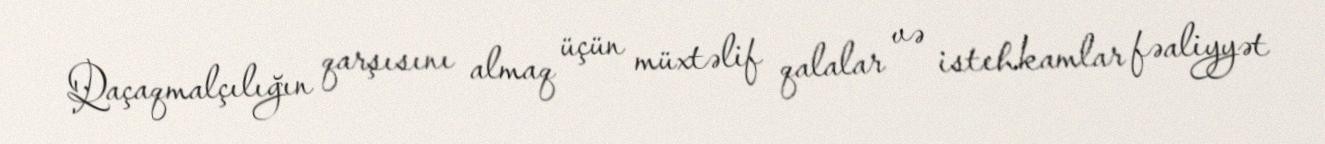
Qaçaqmalçılığın qarşısını almaq üçün müxtəlif qalalar və istehkamlar fəaliyyət